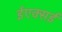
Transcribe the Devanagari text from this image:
ईएक्सई